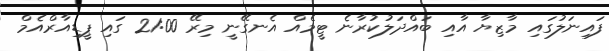
ފައިނަލުގައި މާޒިޔާ އާއި ބައްދަލުކުރާނެ ޓީމެއް އެނގޭނީ މިރޭ 21:00 ގައި ޕީޑިއާރްއެމް